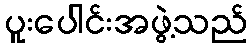
ပူးပေါင်းအဖွဲ့သည်